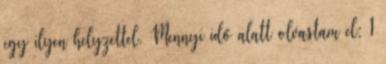
egy ilyen helyzettel. Mennyi idő alatt olvastam el: 1